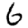
Digit: 6